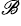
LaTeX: ^{\mathscr{B}}